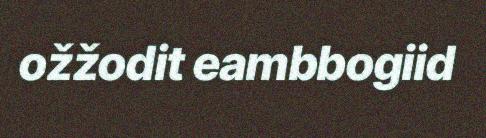
ožžodit eambbogiid